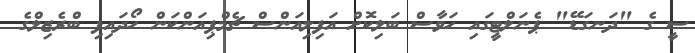
ސީ ގެ "ދަނގަޑޭ" ޕެނަލްޓީގައި ހަވާސް ބަލިކޮށް އަފިލިއަންސް ޗެމްޕިއަންކަން ހޯދައިފި ބްރެޒިލްގެ